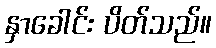
နှာခေါင်း ပိတ်သည်။